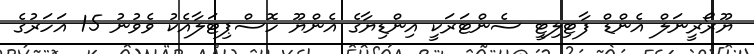
ޔޫރޯރީނަލް އެންޑް ފާޓިލިޓީ ސެންޓަރަކީ އިންޑިޔާގެ އެންޔޫ ހޮސްޕިޓަލާއެކު ވެވުނު 15 އަހަރުގެ